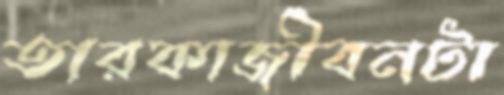
তারকাজীবনটা